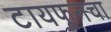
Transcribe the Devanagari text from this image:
टायफूनचा